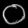
Digit: ၀